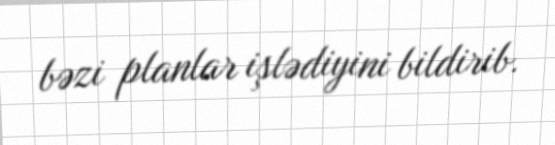
bəzi planlar işlədiyini bildirib.